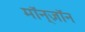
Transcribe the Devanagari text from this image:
मॉन्ज़ॉन